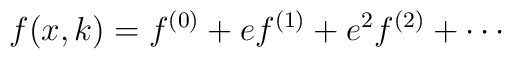
f(x,k) = f^{(0)} + e f^{(1)} + e^{2} f^{(2)} + \cdots